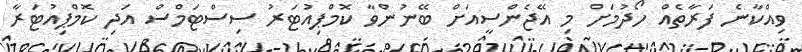
ވިއްކާނެ ފަރާތެއް ހޯދުމަށް މި އޭޖެންސީއަށް ބޭނުންވާ ކޮމްޕިއުޓަރު ސިސްޓަމްސް އަދި ކޮމްޕިއުޓަރާ